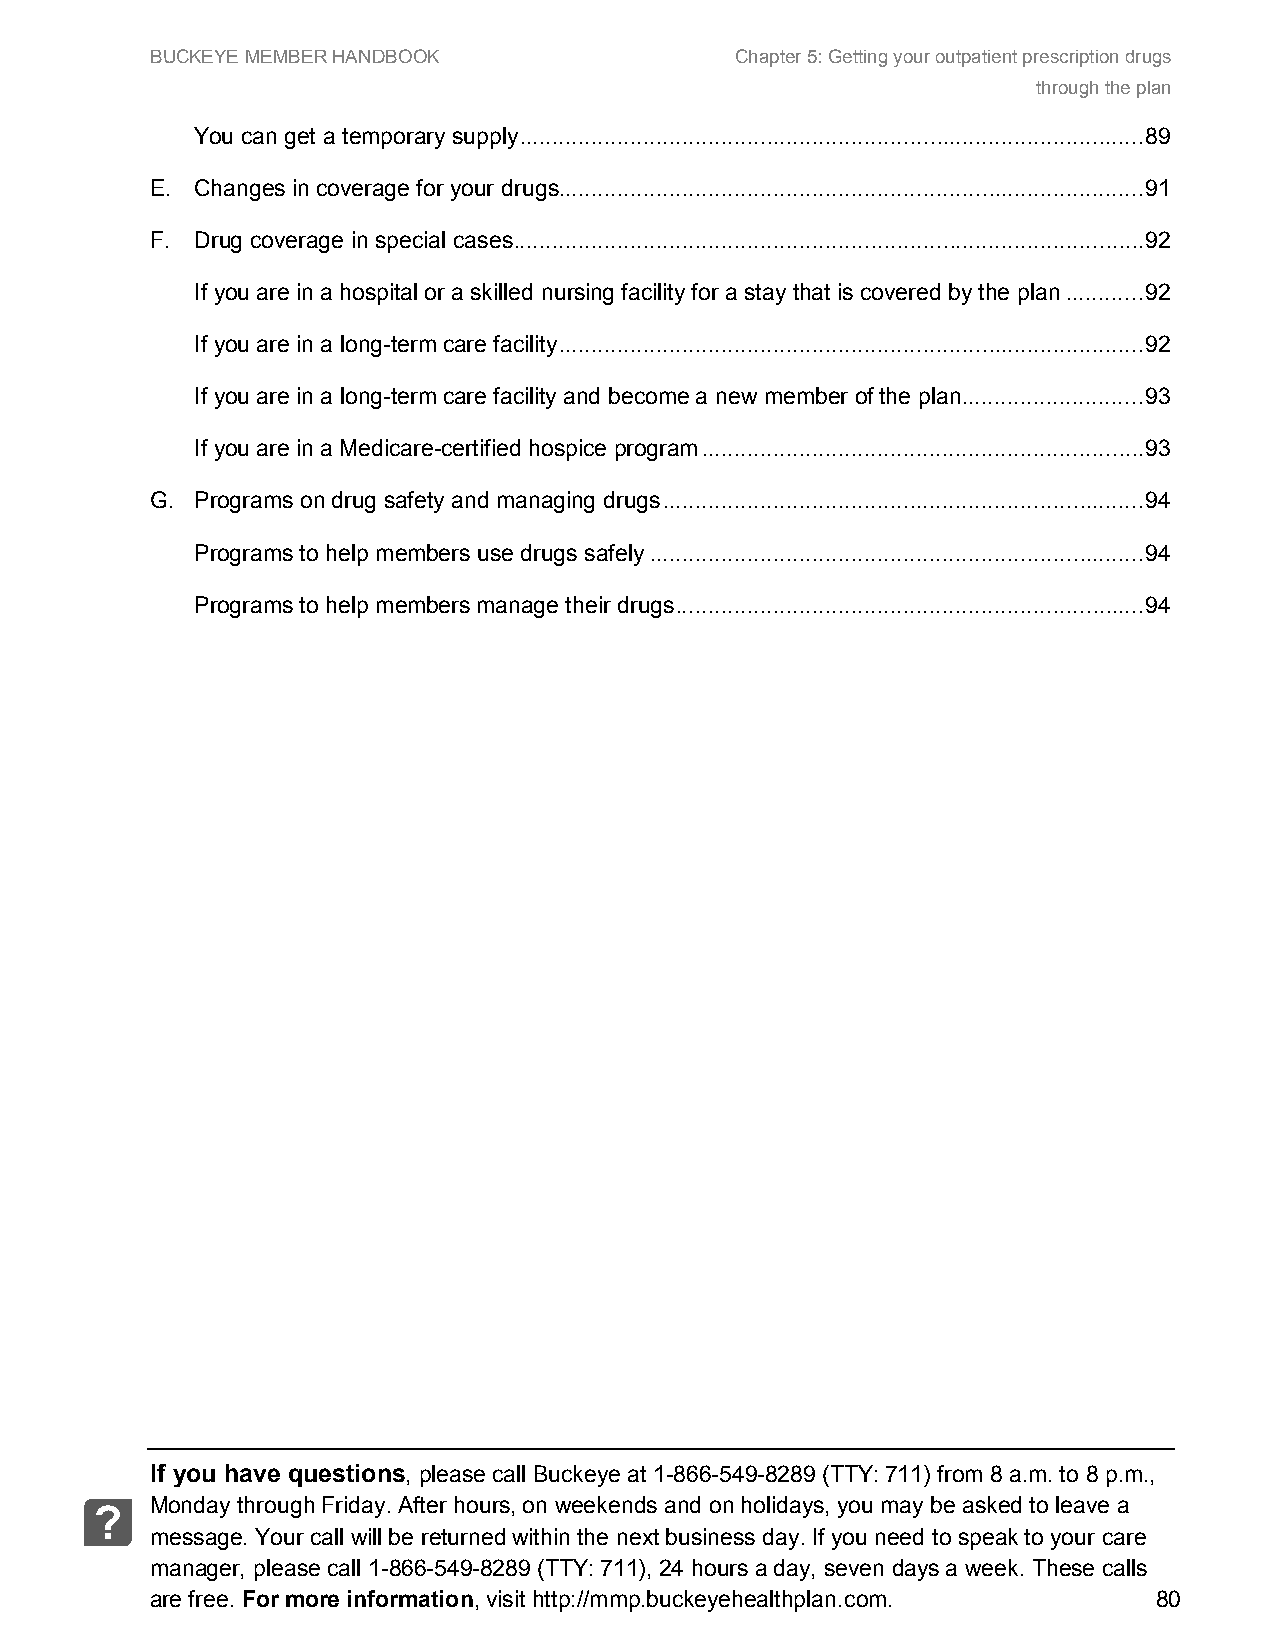
BUCKEYE MEMBER HANDBOOK                Chapter 5: Getting your outpatient prescription drugs
 through the plan
 You can get a temporary supply ................................................................................................ 89
 E. Changes in coverage for your drugs.......................................................................................... 91
 F. Drug coverage in special cases ................................................................................................. 92
 If you are in a hospital or a skilled nursing facility for a stay that is covered by the plan ............ 92
 If you are in a long-term care facility .......................................................................................... 92
 If you are in a long-term care facility and become a new member of the plan ............................ 93
 If you are in a Medicare-certified hospice program .................................................................... 93
 G. Programs on drug safety and managing drugs .......................................................................... 94
 Programs to help members use drugs safely ............................................................................ 94
 Programs to help members manage their drugs ........................................................................ 94
 If you have questions, please call Buckeye at 1-866-549-8289 (TTY: 711) from 8 a.m. to 8 p.m.,
 Monday through Friday. After hours, on weekends and on holidays, you may be asked to leave a
 ?
 message. Your call will be returned within the next business day. If you need to speak to your care
 manager, please call 1-866-549-8289 (TTY: 711), 24 hours a day, seven days a week. These calls
 are free. For more information, visit http://mmp.buckeyehealthplan.com. 80